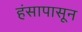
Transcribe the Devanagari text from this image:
हंसापासून